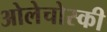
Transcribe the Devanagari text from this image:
ओलेचोस्की